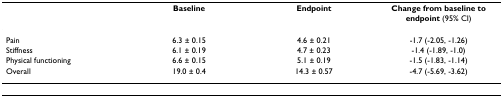
|  | Baseline | Endpoint | Change from baseline to endpoint (95% CI) |
 | --- | --- | --- | --- |
 | Pain | 6.3 ± 0.15 | 4.6 ± 0.21 | -1.7 (-2.05, -1.26) |
 | Stiffness | 6.1 ± 0.19 | 4.7 ± 0.23 | -1.4 (-1.89, -1.0) |
 | Physical functioning | 6.6 ± 0.15 | 5.1 ± 0.19 | -1.5 (-1.83, -1.14) |
 | Overall | 19.0 ± 0.4 | 14.3 ± 0.57 | -4.7 (-5.69, -3.62) |